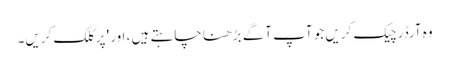
وہ آرڈر چیک کریں جو آپ آگے بڑھنا چاہتے ہیں ، اور 'پر کلک کریں۔